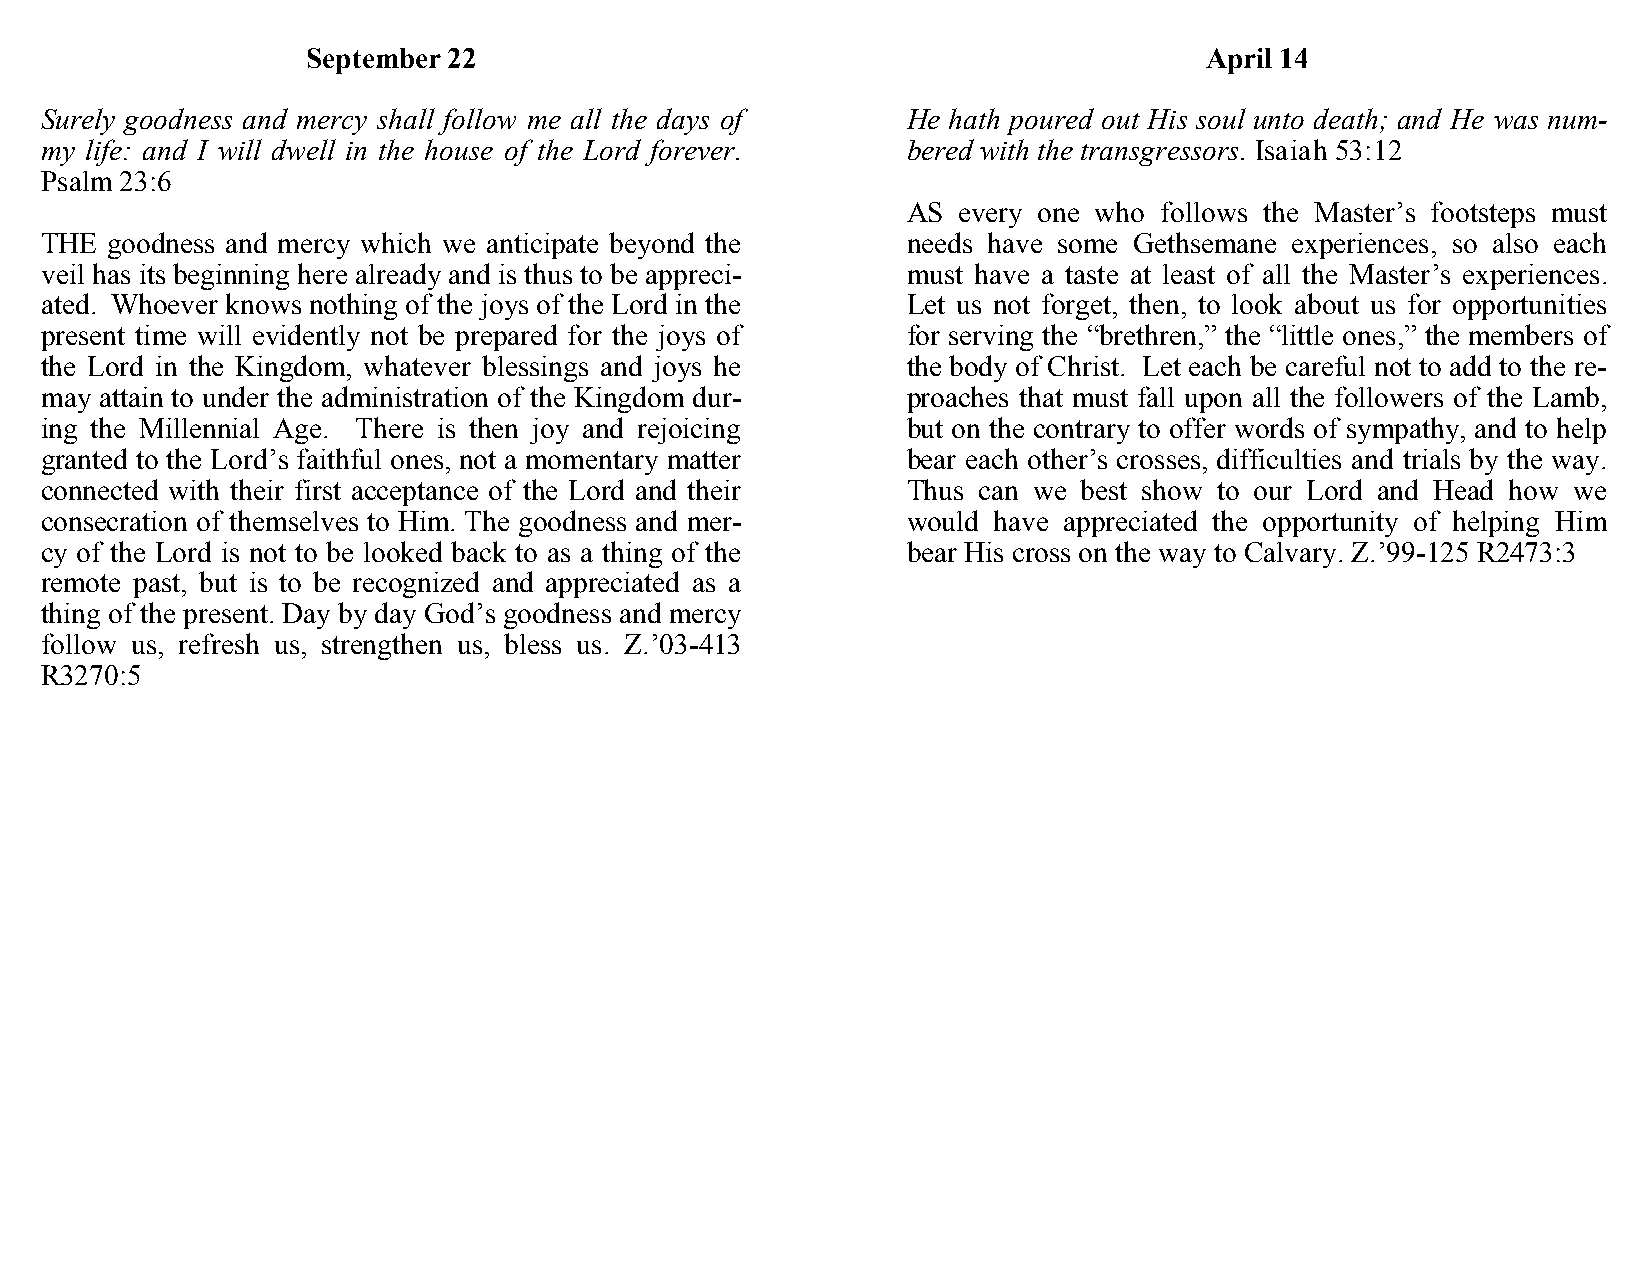
September 22                                                April 14
 Surely goodness and mercy shall follow me all the days of He hath poured out His soul unto death; and He was num-
 my life: and I will dwell in the house of the Lord forever. bered with the transgressors. Isaiah 53:12
 Psalm 23:6
 AS every one who follows the Master’s footsteps must
 THE goodness and mercy which we anticipate beyond the    needs have some Gethsemane experiences, so also each
 veil has its beginning here already and is thus to be appreci- must have a taste at least of all the Master’s experiences.
 ated. Whoever knows nothing of the joys of the Lord in the Let us not forget, then, to look about us for opportunities
 present time will evidently not be prepared for the joys of for serving the “brethren,” the “little ones,” the members of
 the Lord in the Kingdom, whatever blessings and joys he  the body of Christ. Let each be careful not to add to the re-
 may attain to under the administration of the Kingdom dur- proaches that must fall upon all the followers of the Lamb,
 ing the Millennial Age. There is then joy and rejoicing  but on the contrary to offer words of sympathy, and to help
 granted to the Lord’s faithful ones, not a momentary matter bear each other’s crosses, difficulties and trials by the way.
 connected with their first acceptance of the Lord and their Thus can we best show to our Lord and Head how we
 consecration of themselves to Him. The goodness and mer- would have appreciated the opportunity of helping Him
 cy of the Lord is not to be looked back to as a thing of the bear His cross on the way to Calvary. Z.’99-125 R2473:3
 remote past, but is to be recognized and appreciated as a
 thing of the present. Day by day God’s goodness and mercy
 follow us, refresh us, strengthen us, bless us. Z.’03-413
 R3270:5